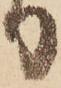
り